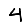
Digit: 4